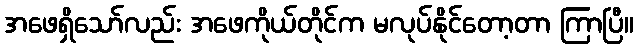
အဖေရှိသော်လည်း အဖေကိုယ်တိုင်က မလုပ်နိုင်တော့တာ ကြာပြီ။